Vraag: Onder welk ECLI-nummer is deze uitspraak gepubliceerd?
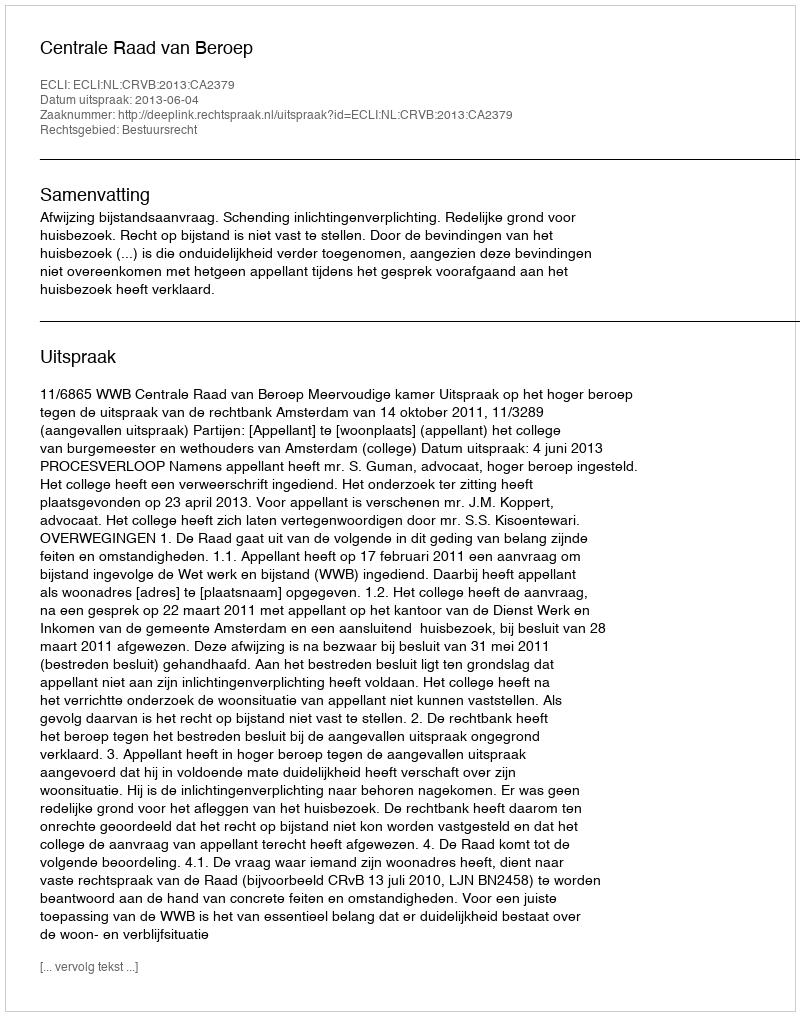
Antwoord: ECLI:NL:CRVB:2013:CA2379